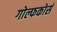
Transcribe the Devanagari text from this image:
गोल्फकोर्स